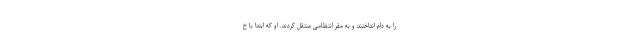
را به دام انداختند و به مقر انتظامی منتقل کردند. او که ابتدا با خ